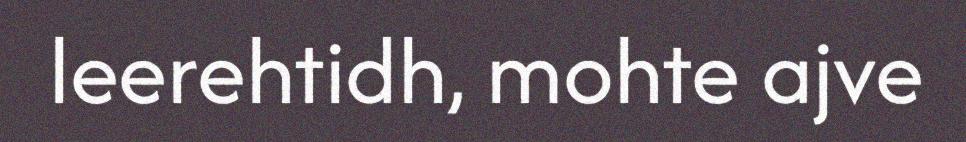
leerehtidh, mohte ajve